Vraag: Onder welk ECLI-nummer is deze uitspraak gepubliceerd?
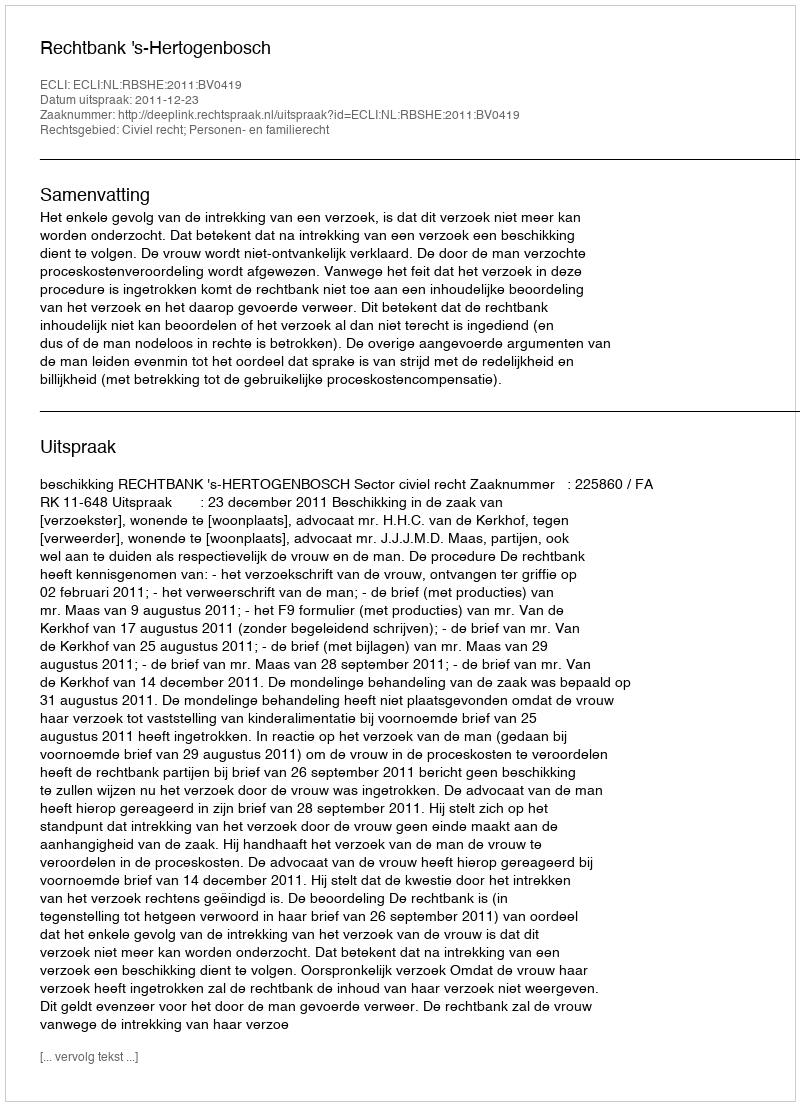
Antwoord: ECLI:NL:RBSHE:2011:BV0419